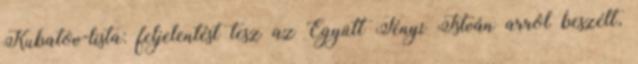
Kubatov-lista: feljelentést tesz az Együtt Tényi István arról beszélt,